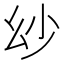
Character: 𢆷